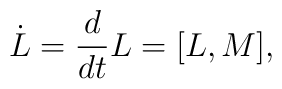
\dot{L}={d\over{dt}}L=[L,M],